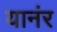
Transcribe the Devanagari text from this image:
यानंर